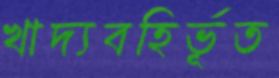
খাদ্যবহির্ভূত